Report on horse surra - Volume II, Part I
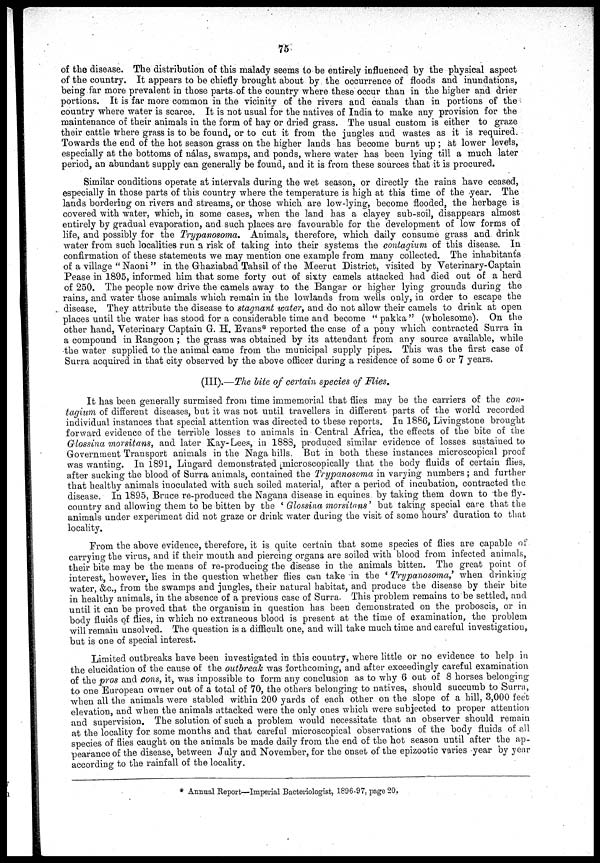
75
of the disease. The distribution of this malady seems to be entirely influenced by the physical aspect
of the country. It appears to be chiefly brought about by the occurrence of floods and inundations,
being far more prevalent in those parts of the country where these occur than in the higher and drier
portions. It is far more common in the vicinity of the rivers and canals than in portions of the
country where water is scarce. It is not usual for the natives of India to make any provision for the
maintenance of their animals in the form of hay or dried grass. The usual custom is either to graze
their cattle where grass is to be found, or to cut it from the jungles and wastes as it is required.
Towards the end of the hot season grass on the higher lands has become burnt up ; at lower levels,
especially at the bottoms of nálas, swamps, and ponds, where water has been lying till a much later
period, an abundant supply can generally be found, and it is from these sources that it is procured.
Similar conditions operate at intervals during the wet season, or directly the rains have ceased,
especially in those parts of this country where the temperature is high at this time of the year. The
lands bordering on rivers and streams, or those which are low-lying, become flooded, the herbage is
covered with water, which, in some cases, when the land has a clayey sub-soil, disappears almost
entirely by gradual evaporation, and such places are favourable for the development of low forms of
life, and possibly for the Trypanosoma. Animals, therefore, which daily consume grass and drink
water from such localities run a risk of taking into their systems the contagium of this disease. In
confirmation of these statements we may mention one example from many collected. The inhabitants
of a village "Naoni" in the Ghaziabad Tahsil of the Meerut District, visited by Veterinary-Captain
Pease in 1895, informed him that some forty out of sixty camels attacked had died out of a herd
of 250. The people now drive the camels away to the Bangar or higher lying grounds during the
rains, and water those animals which remain in the lowlands from wells only, in order to escape the
disease. They attribute the disease to stagnant water, and do not allow their camels to drink at open
places until the water has stood for a considerable time and become "pakka" (wholesome). On the
other hand, Veterinary Captain G. H. Evans* reported the case of a pony which contracted Surra in
a compound in Rangoon ; the grass was obtained by its attendant from any source available, while
the water supplied to the animal came from the municipal supply pipes. This was the first case of
Surra acquired in that city observed by the above officer during a residence of some 6 or 7 years.
(III).—The bite of certain species of Flies.
It has been generally surmised from time immemorial that flies may be the carriers of the con-
tagium of different diseases, but it was not until travellers in different parts of the world recorded
individual instances that special attention was directed to these reports. In 1886, Livingstone brought
forward evidence of the terrible losses to animals in Central Africa, the effects of the bite of the
Glossina morsitans, and later Kay-Lees, in 1888, produced similar evidence of losses sustained to
Government Transport animals in the Naga hills. But in both these instances microscopical proof
was wanting. In 1891, Lingard demonstrated microscopically that the body fluids of certain flies,
after sucking the blood of Surra animals, contained the Trypanosoma in varying numbers; and further
that healthy animals inoculated with such soiled material, after a period of incubation, contracted the
disease. In 1895, Bruce re-produced the Nagana disease in equines by taking them down to the fly-
country and allowing them to be bitten by the 'Glossina morsitans' but taking special care that the
animals under experiment did not graze or drink water during the visit of some hours' duration to that
locality.
From the above evidence, therefore, it is quite certain that some species of flies are capable of
carrying the virus, and if their mouth and piercing organs are soiled with blood from infected animals,
their bite may be the means of re-producing the disease in the animals bitten. The great point of
interest, however, lies in the question whether flies can take in the ' Trypanosoma,' when drinking
water, &c., from the swamps and jungles, their natural habitat, and produce the disease by their bite
in healthy animals, in the absence of a previous case of Surra. This problem remains to be settled, and
until it can be proved that the organism in question has been demonstrated on the proboscis, or in
body fluids of flies, in which no extraneous blood is present at the time of examination, the problem
will remain unsolved. The question is a difficult one, and will take much time and careful investigation,
but is one of special interest.
Limited outbreaks have been investigated in this country, where little or no evidence to help in
the elucidation of the cause of the outbreak was forthcoming, and after exceedingly careful examination
of the pros and cons, it, was impossible to form any conclusion as to why 6 out of 8 horses belonging
to one European owner out of a total of 70, the others belonging to natives, should succumb to Surra,
when all the animals were stabled within 200 yards of each other on the slope of a hill, 3,000 feet
elevation, and when the animals attacked were the only ones which were subjected to proper attention
and supervision. The solution of such a problem would necessitate that an observer should remain
at the locality for some months and that careful microscopical observations of the body fluids of all
species of flies caught on the animals be made daily from the end of the hot season until after the ap-
pearance of the disease, between July and November, for the onset of the epizootic varies year by year
according to the rainfall of the locality.
* Annual Report—Imperial Bacteriologist, 1896-97, page 20.